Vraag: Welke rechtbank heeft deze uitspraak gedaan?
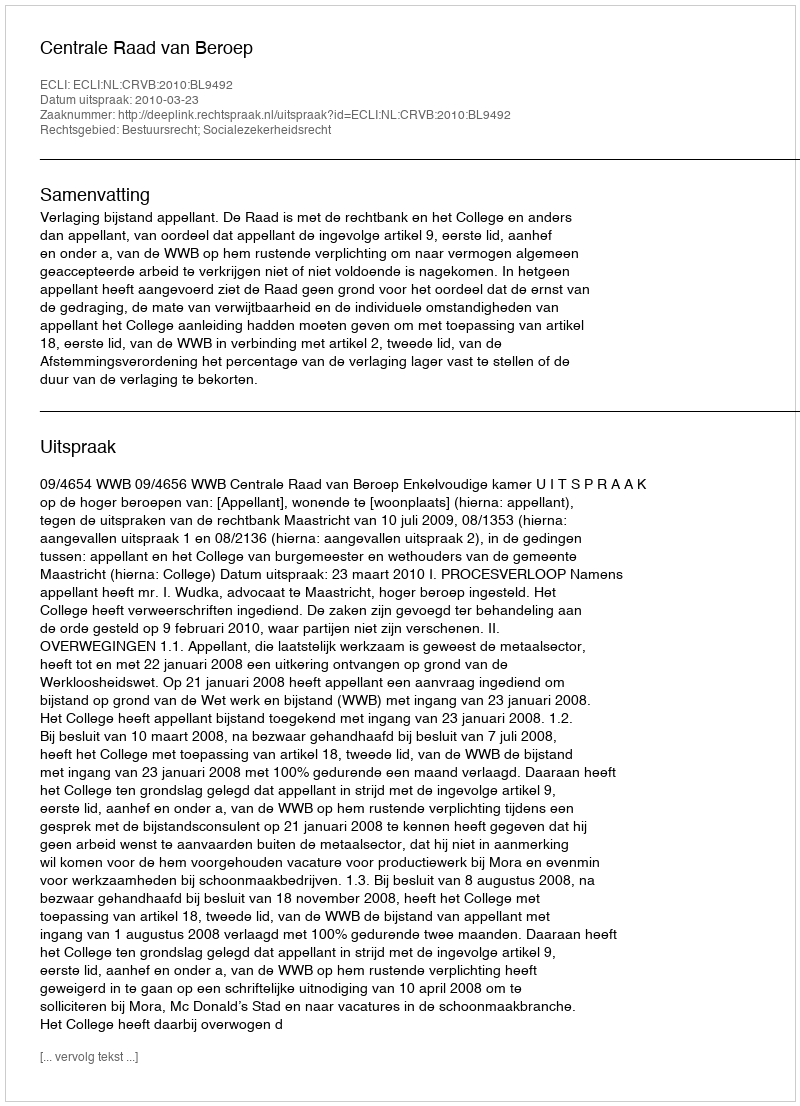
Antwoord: Centrale Raad van Beroep